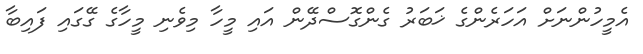
އެމީހުންނަށް އަހަރެންގެ ޚަބަރު ގެންގޮސްދޭން އައި މީހާ މިވެނި މީހާގެ ގޭގައި ފައިބާ